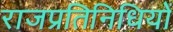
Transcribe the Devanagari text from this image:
राजप्रतिनिधियों